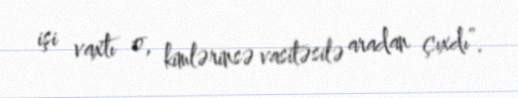
işi vaxtı o, kimlərinsə vasitəsilə aradan çıxdı”.